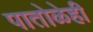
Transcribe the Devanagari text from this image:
पातोळेही